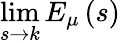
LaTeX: \operatorname*{lim}_{s\to k}E_{\mu}\left(s\right)